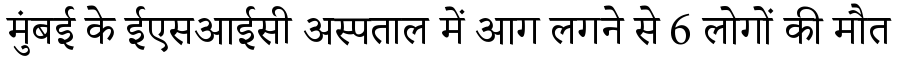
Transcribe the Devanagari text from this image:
मुंबई के ईएसआईसी अस्पताल में आग लगने से 6 लोगों की मौत